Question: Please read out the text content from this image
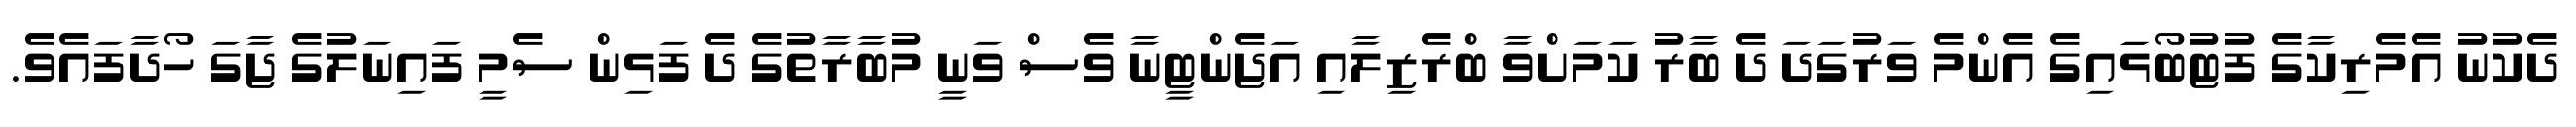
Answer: ދެކުނު އެމެރިކާގެ ފުޓުބޯޅަައިގެ އެންމެ ވަރުގަދަ ދެ ބާރު ކަމަށްވާ ބްރެޒިލާއި އަޖެންޓީނާ ވެސް ވަނީ މުބާރާތުގެ ދެ ފަޅިން ސެމީ ފައިނަލުގެ ޖާގަ ހޯދާފައެވެ.